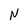
Character: N